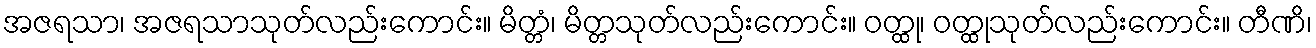
အဇရသာ၊ အဇရသာသုတ်လည်းကောင်း။ မိတ္တံ၊ မိတ္တသုတ်လည်းကောင်း။ ဝတ္ထု၊ ဝတ္ထုသုတ်လည်းကောင်း။ တီဏိ၊